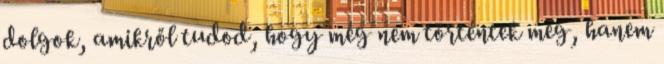
dolgok, amikről tudod, hogy még nem történtek meg, hanem